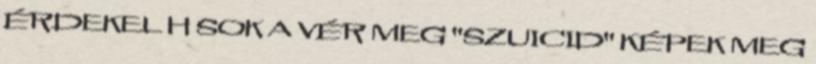
ÉRDEKEL H SOK A VÉR MEG "SZUICID" KÉPEK MEG